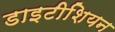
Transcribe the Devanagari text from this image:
डाइटीशियन